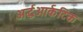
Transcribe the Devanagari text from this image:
अर्द्धआर्कटिक